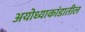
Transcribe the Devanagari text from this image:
अयोध्याकांडातील